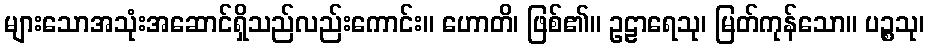
များသောအသုံးအဆောင်ရှိသည်လည်းကောင်း။ ဟောတိ၊ ဖြစ်၏။ ဥဠာရေသု၊ မြတ်ကုန်သော။ ပဉ္စသု၊